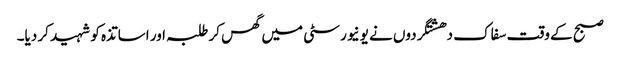
صبح کے وقت سفاک دھشتگردوں نے یونیورسٹی میں گھس کر طلبہ اور اساتذہ کو شہید کر دیا۔